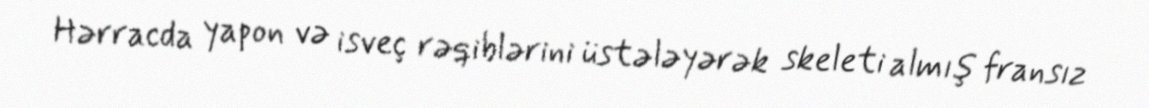
Hərracda yapon və isveç rəqiblərini üstələyərək skeleti almış fransız